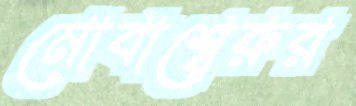
মোবাশ্বেরুর